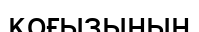
қоғызының